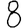
Digit: 8